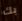
بك